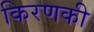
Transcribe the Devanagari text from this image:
किरणकी